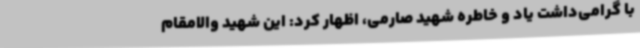
با گرامی‌داشت یاد و خاطره شهید صارمی، اظهار کرد: این شهید والامقام